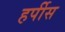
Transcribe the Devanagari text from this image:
हर्पीस